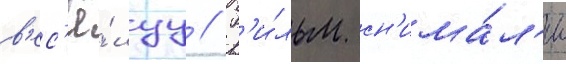
в'ес'ё́луу // Ф'и́льм сн'има́л'и